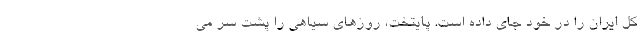
کل ایران را در خود جای داده است. پایتخت، روزهای سیاهی را پشت سر می